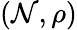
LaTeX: (\mathcal{N},\rho)